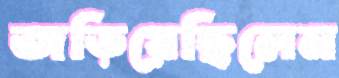
জড়িয়েছিলেন